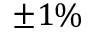
\pm 1 \%